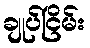
ချုပ်ငြိမ်း